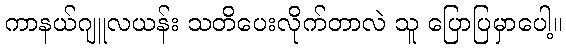
ကာနယ်ဂျူလယန်း သတိပေးလိုက်တာလဲ သူ ပြောပြမှာပေါ့။